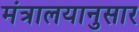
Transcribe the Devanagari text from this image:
मंत्रालयानुसार